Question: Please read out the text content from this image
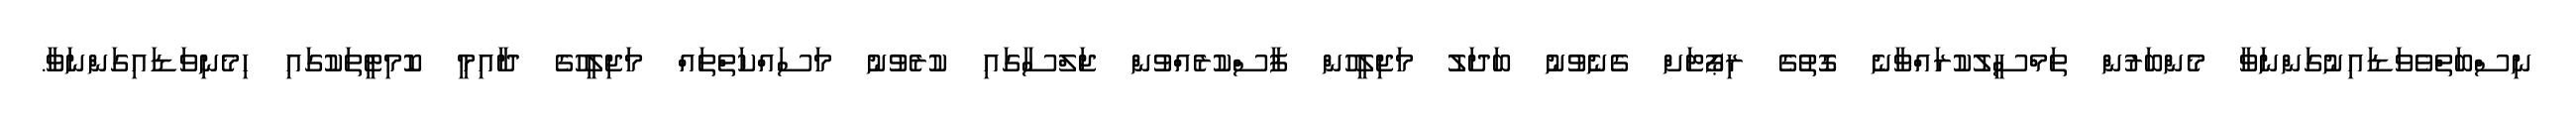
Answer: ނިސްބަތްވެވަޑައިނުގަންނަވާ މެންބަރުން ތަމްސީލުކުރައްވާނެ ގޮތުގެ ރިޕޯޓަށް ގެނެވުނު ބަދަލު މަޖިލީހުން ފާސްކުރެއްވުން ޖަލްސާގައި ކުރެވުނު މަސައްކަތްތައް މަޖިލީހުގެ ދާއިމީ ކޮމިޓީތަކުގައި ހިމެނިވަޑައިގަންނަވާ.